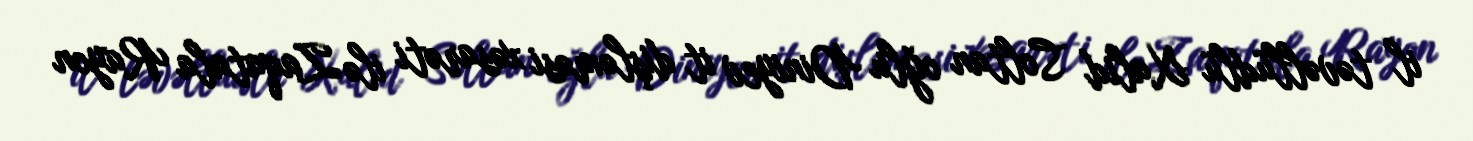
il təvəllüdlü Xalid Soltan oğlu Diniyev it dişləməsi xəsarəti ilə Zaqatala Rayon